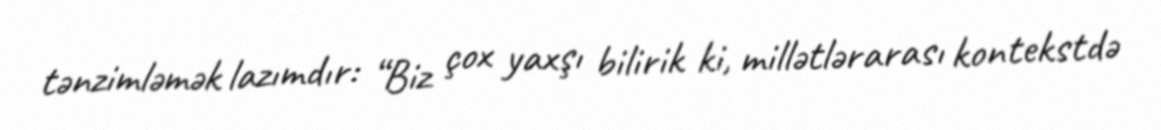
tənzimləmək lazımdır: “Biz çox yaxşı bilirik ki, millətlərarası kontekstdə